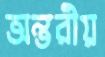
অন্তরীয়